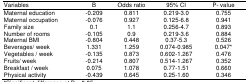
<table><thead><tr><td><b>Variables</b></td><td><b>B</b></td><td><b>Odds ratio</b></td><td><b>95% CI</b></td><td><b>P- value</b></td></tr></thead><tbody><tr><td>Maternal education</td><td>-0.209</td><td>0.811</td><td>0.219-3.0</td><td>0.755</td></tr><tr><td>Maternal occupation</td><td>-0.076</td><td>0.927</td><td>0.125-6.8</td><td>0.941</td></tr><tr><td>Family size</td><td>0.1</td><td>1.1</td><td>0.256-4.7</td><td>0.893</td></tr><tr><td>Number of rooms</td><td>-0.105</td><td>0.9</td><td>0.219-3.6</td><td>0.884</td></tr><tr><td>Maternal BMI</td><td>-0.804</td><td>0.448</td><td>0.37-5.3</td><td>0.526</td></tr><tr><td>Beverages / week</td><td>1.331</td><td>1.259</td><td>0.074-0.985</td><td>0.047*</td></tr><tr><td>Vegetables / week</td><td>-0.135</td><td>0.873</td><td>0.602-1.267</td><td>0.476</td></tr><tr><td>Fruits/ week</td><td>-0.214</td><td>0.807</td><td>0.514-1.267</td><td>0.352</td></tr><tr><td>Breakfast / week</td><td>0.075</td><td>1.078</td><td>0.77-1.51</td><td>0.660</td></tr><tr><td>Physical activity</td><td>-0.439</td><td>0.645</td><td>0.25-1.60</td><td>0.346</td></tr></tbody></table>